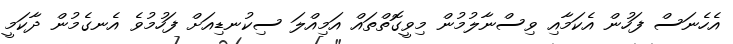
އެހެނަސް ފަހުން އެކަމާއި ވިސްނާލުމުން މިވީގޮތްތައް އަމިއްލަ ސިކުނޑިއަށް ފަހުމުވެ އެނގެމުން ދާކަމީ